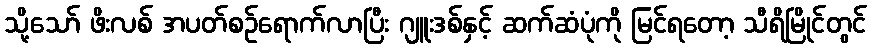
သို့သော် ဖိးလစ် အပတ်စဉ်ရောက်လာပြီး ဂျူးဒစ်နှင့် ဆက်ဆံပုံကို မြင်ရတော့ သီရိမြိုင်တွင်